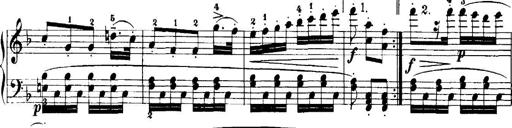
Title: 7 Sonatinas
Composer: Anton Diabelli